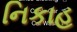
નિકાહ